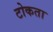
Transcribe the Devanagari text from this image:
टोकता